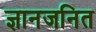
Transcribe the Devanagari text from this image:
ज्ञानजनित